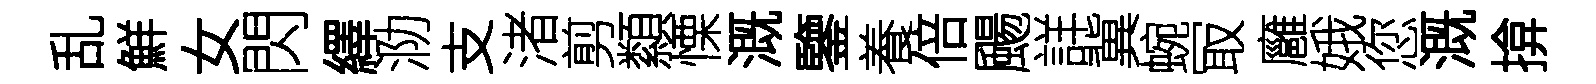
乱鮮女閃繹泐支渚剪纇慄溉鑒養倍颺詳冀蜿冣廱娥您溉揜